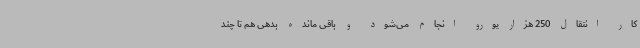
کار انتقال 250 هزار یورو انجام می‌شود و باقی مانده بدهی هم تا چند